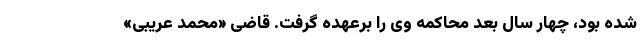
شده بود، چهار سال بعد محاکمه وی را برعهده گرفت. قاضی «محمد عریبی»